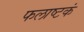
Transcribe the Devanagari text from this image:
फलाष्टकं